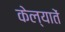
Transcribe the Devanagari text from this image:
केल्यातें